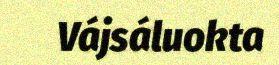
Vájsáluokta